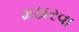
મઠારવા